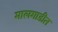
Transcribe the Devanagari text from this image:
मालगाडीत